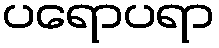
ပရောပရာ